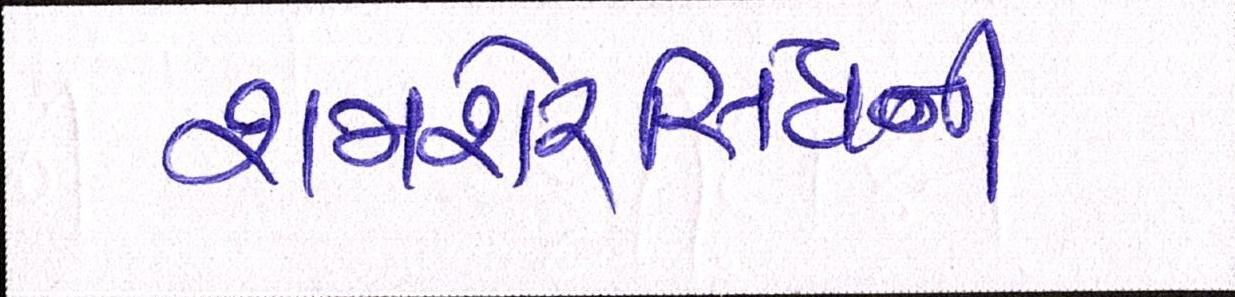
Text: શમશેરસિંઘની